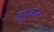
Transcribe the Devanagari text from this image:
मृदुताल